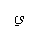
Letter: _ya